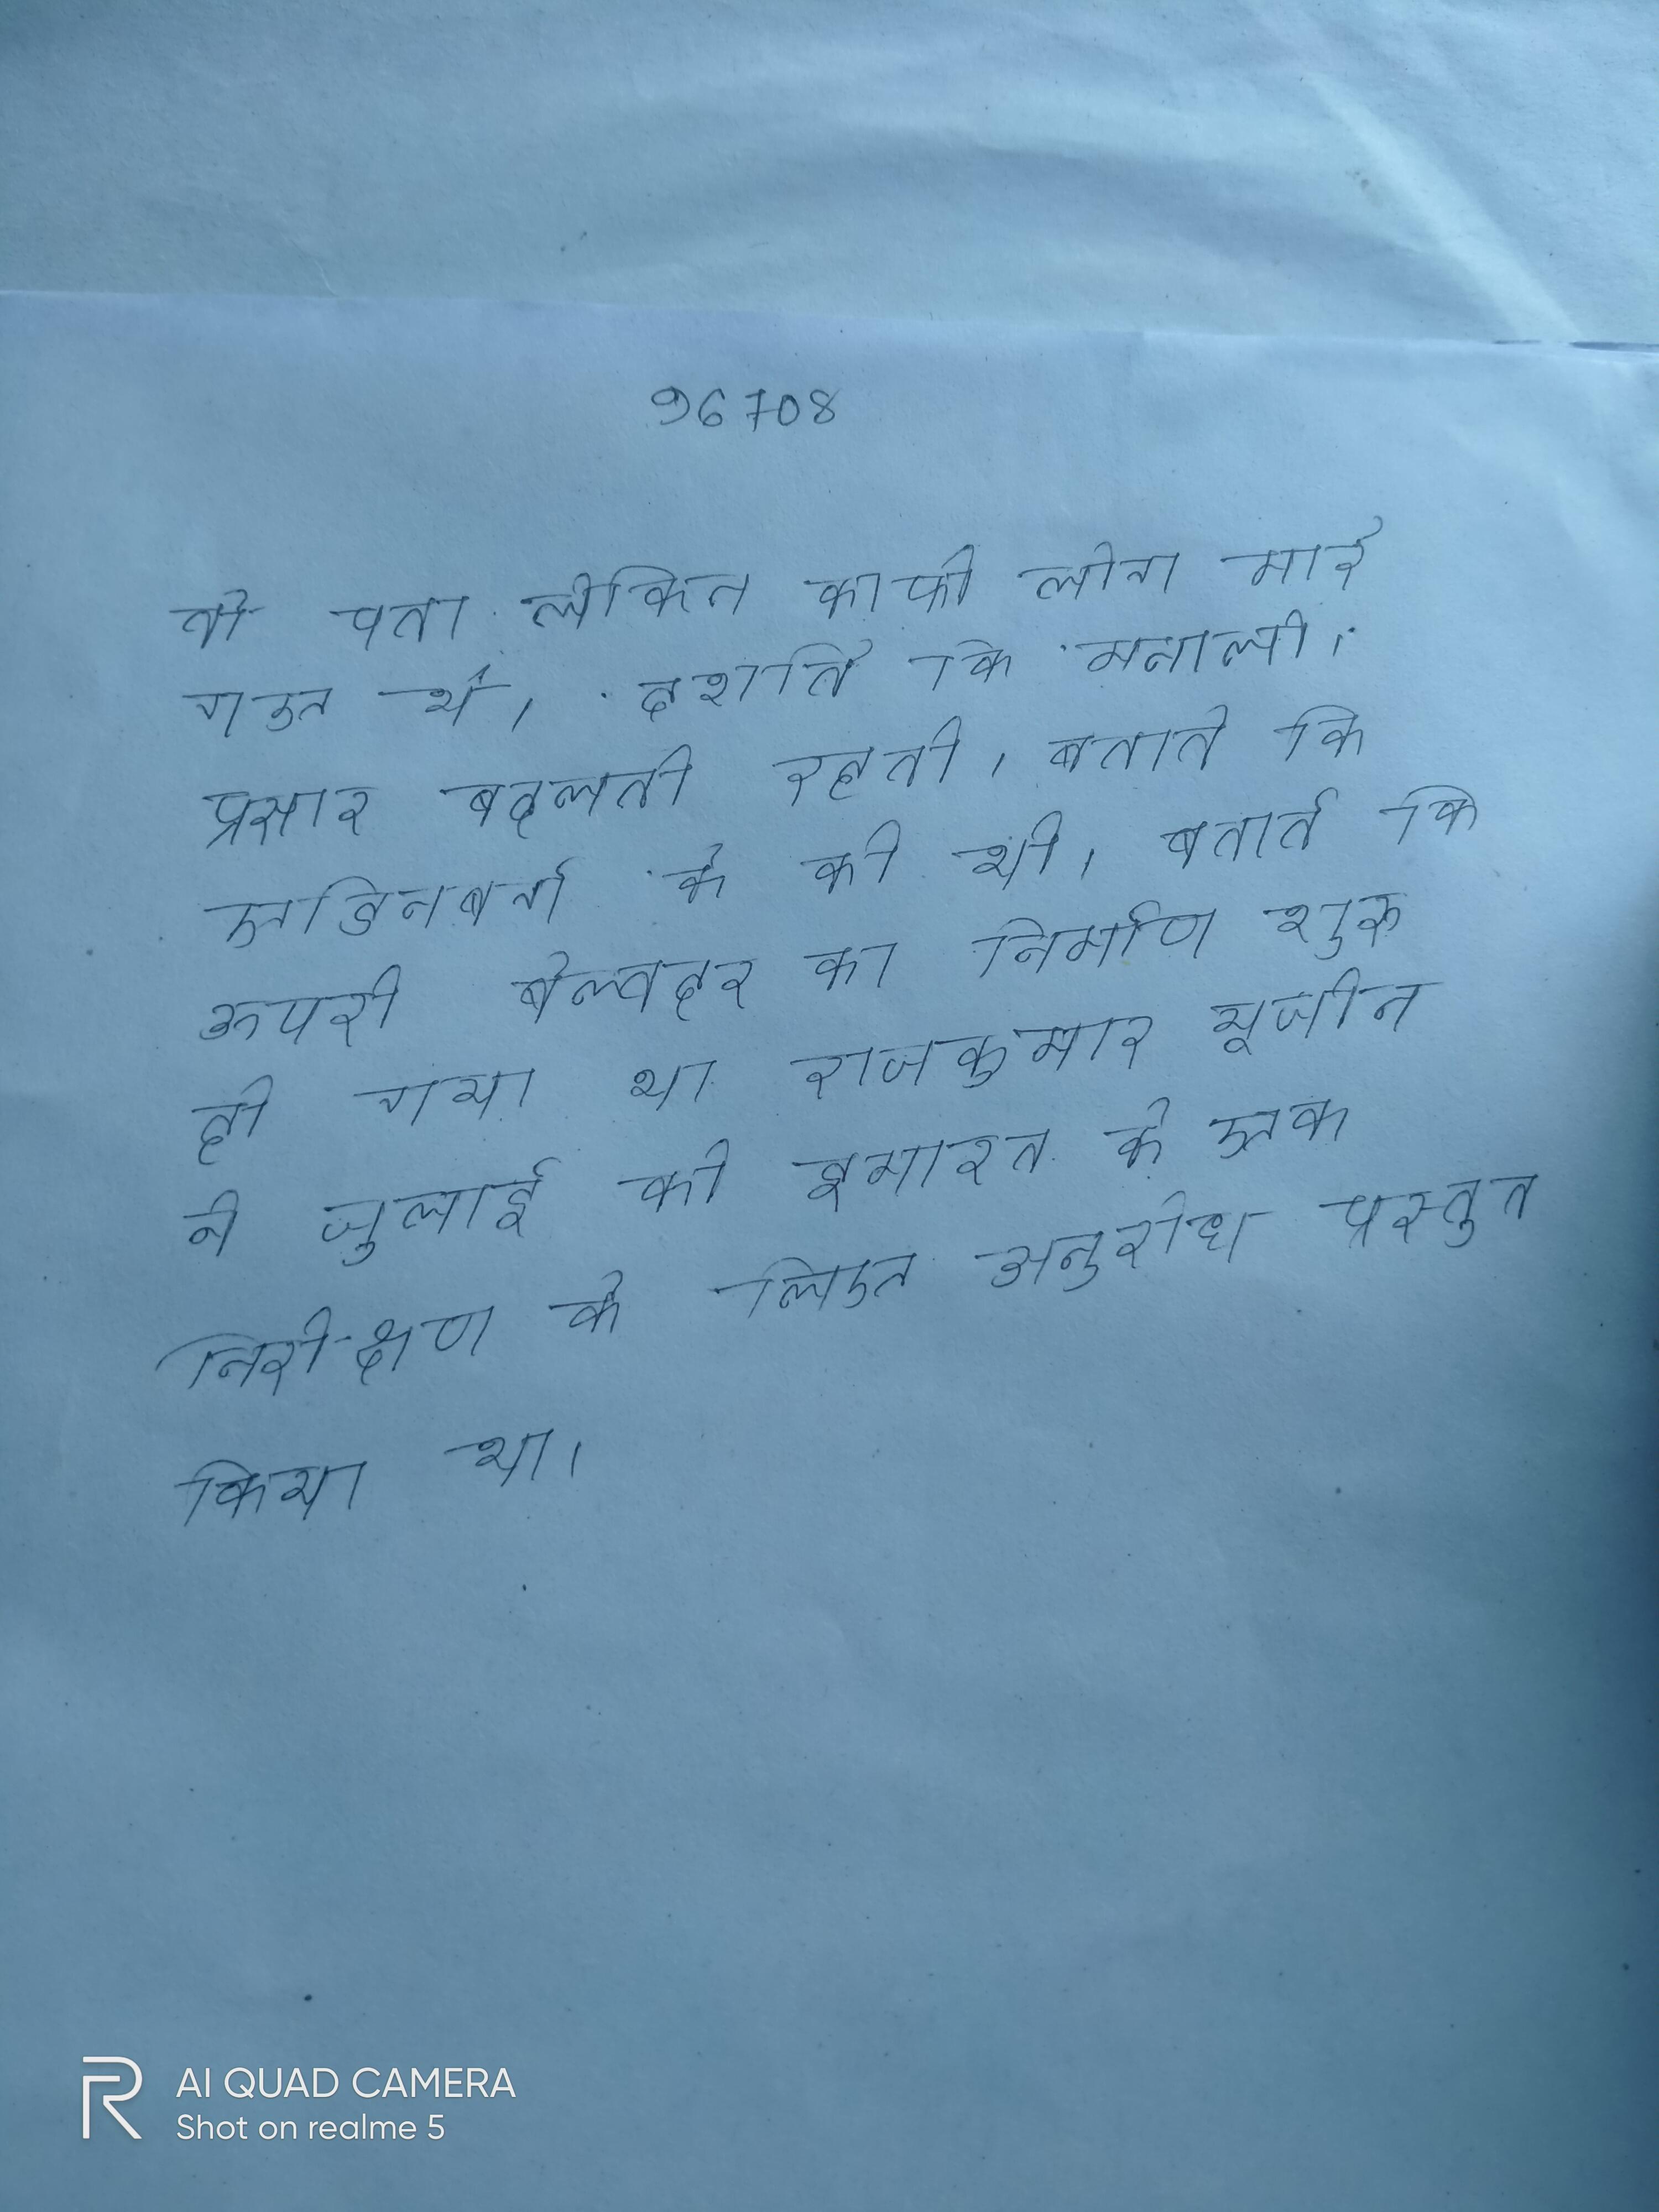
तो पता लेकिन काफी लोग मारे गए थे । दर्शाते कि मौसम (मई, जून, जनवरी) रोजाना लगभग हनीमून के लिए मनाली और शेष समय रोजाना लगभग प्रतिदिन मनाली । प्रसार बदलती रहती । बताते कि एडिनबर्ग के की थी । बताते कि ऊपरी बेल्वदर का निर्माण शुरू हो गया था राजकुमार यूजीन ने जुलाई को इमारत के एक निरीक्षण के लिए अनुरोध प्रस्तुत किया था ।